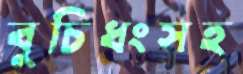
বুচিধংসহ